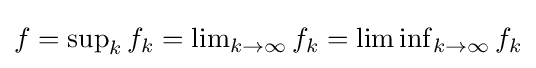
{\textstyle f=\sup _{k}f_{k}=\lim _{k\to \infty }f_{k}=\liminf _{k\to \infty }f_{k}}